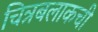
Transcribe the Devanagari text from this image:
चित्रबलाकची